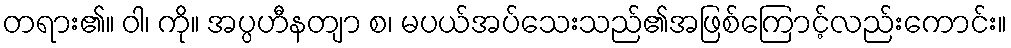
တရား၏။ ဝါ၊ ကို။ အပ္ပဟီနတျာ စ၊ မပယ်အပ်သေးသည်၏အဖြစ်ကြောင့်လည်းကောင်း။